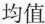
均值